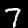
Digit: 7